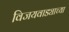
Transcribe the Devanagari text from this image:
विजयवाड्याच्या